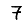
Digit: 7